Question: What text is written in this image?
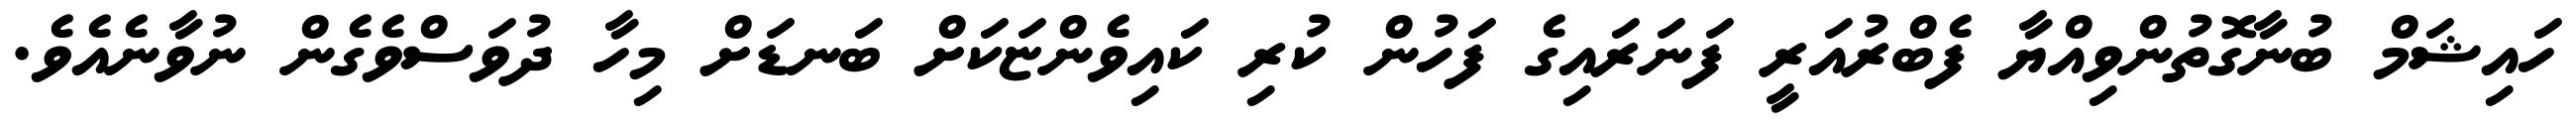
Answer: ހައިޝަމް ބުނާގޮތުންވިއްޔާ ފެބްރުއަރީ ފަނަރައިގެ ފަހުން ކުރި ކައިވެންޏަކަށް ބަނޑަށް މިހާ ދުވަސްވެގެން ނުވާނެއެވެ.